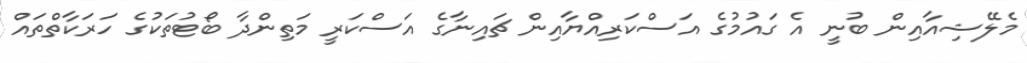
މެލޭޝިއާއިން ބުނީ އެ ގަައުމުގެ އަސްކަރިއްޔާއިން ޗައިނާގެ އަސްކަރީ މަތިންދާ ބޯޓުތަކުގެ ހަރަކާތްތައް